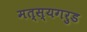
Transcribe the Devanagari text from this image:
मत्स्यगरुड